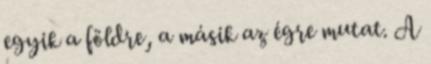
egyik a földre, a másik az égre mutat. A